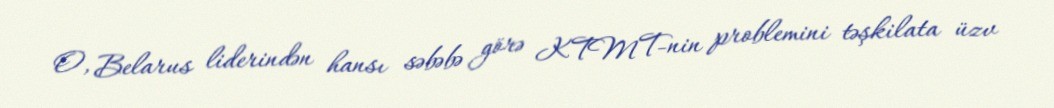
O, Belarus liderindən hansı səbəbə görə KTMT-nin problemini təşkilata üzv